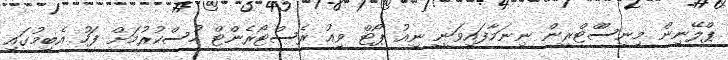
ޕްލޭނިން މިިނިސްްޓްރީން ނިނަމާފައިވަނީ ނިއު ޕޯޓް ވިއު ރެސްޓޯރެންޓް ހުސްކުރުމަށް ފަހު އެބިމުގައި